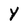
Character: y